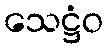
သေဋ္ဌံဝ